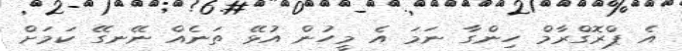
އެ ޕްރޮގްރާމް ހިންގާ ނަމަ އެ މީހުން އުޅޭ ތަނެއް ނޭނގޭ ކަމަށް